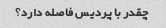
چقدر با پردیس فاصله دارد؟